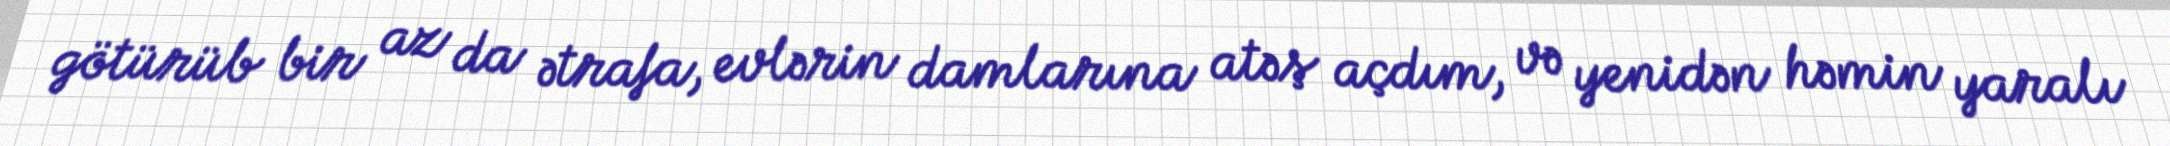
götürüb bir az da ətrafa, evlərin damlarına atəş açdım, və yenidən həmin yaralı